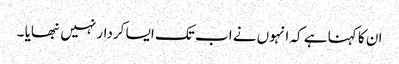
ان کا کہنا ہے کہ انہوں نے اب تک ایسا کردار نہیں نبھایا ۔